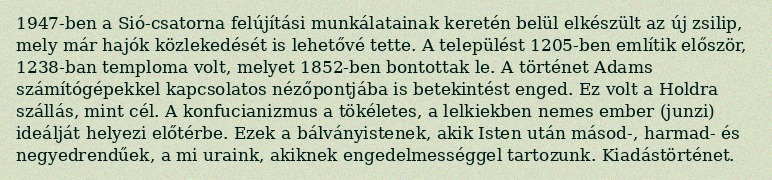
1947-ben a Sió-csatorna felújítási munkálatainak keretén belül elkészült az új zsilip, mely már hajók közlekedését is lehetővé tette. A települést 1205-ben említik először, 1238-ban temploma volt, melyet 1852-ben bontottak le. A történet Adams számítógépekkel kapcsolatos nézőpontjába is betekintést enged. Ez volt a Holdra szállás, mint cél. A konfucianizmus a tökéletes, a lelkiekben nemes ember (junzi) ideálját helyezi előtérbe. Ezek a bálványistenek, akik Isten után másod-, harmad- és negyedrendűek, a mi uraink, akiknek engedelmességgel tartozunk. Kiadástörténet.